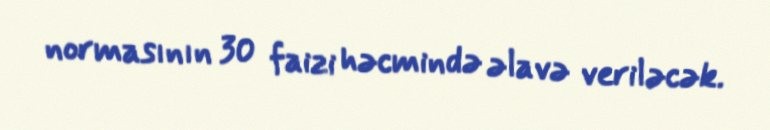
normasının 30 faizi həcmində əlavə veriləcək.